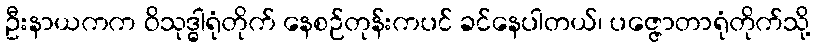
ဦးနာယကက ဝိသုဒ္ဓါရုံတိုက် နေစဉ်တုန်းကပင် ခင်နေပါတယ်၊ ပဇ္ဇောတာရုံတိုက်သို့